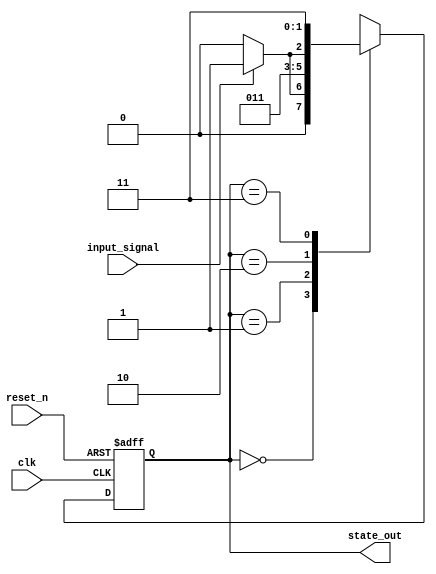
module parameterized_state_machine #(
    parameter NUM_STATES = 4,          // Total number of states
    parameter STATE_WIDTH = $clog2(NUM_STATES),  // Calculate state width
    parameter INPUT_WIDTH = 1           // Width of input signals
)(
    input wire clk,                     // Clock input
    input wire reset_n,                 // Asynchronous active-low reset
    input wire [INPUT_WIDTH-1:0] input_signal, // Input signals for state transitions
    output reg [STATE_WIDTH-1:0] state_out // Output for current state
);

    // State Encoding (can be customized)
    localparam S0 = 0;
    localparam S1 = 1;
    localparam S2 = 2;
    localparam S3 = 3;

    // State register
    reg [STATE_WIDTH-1:0] current_state, next_state;

    // State Transition Logic
    always @(*) begin
        case (current_state)
            S0: begin
                if (input_signal[0]) next_state = S1; // Transition from S0 to S1
                else next_state = S0;                 // Stay in S0
            end
            S1: begin
                if (input_signal[1]) next_state = S2; // Transition from S1 to S2
                else next_state = S1;                 // Stay in S1
            end
            S2: begin
                if (input_signal[0]) next_state = S3; // Transition from S2 to S3
                else next_state = S2;                 // Stay in S2
            end
            S3: begin
                if (input_signal[1]) next_state = S0; // Transition from S3 to S0
                else next_state = S3;                 // Stay in S3
            end
            default: next_state = S0;                // Default state
        endcase
    end

    // State Register
    always @(posedge clk or negedge reset_n) begin
        if (!reset_n) begin
            current_state <= S0;                     // Reset to initial state
        end else begin
            current_state <= next_state;             // Update state on clock edge
        end
    end

    // Output Logic
    always @(*) begin
        state_out = current_state;                  // Output current state
    end

endmodule